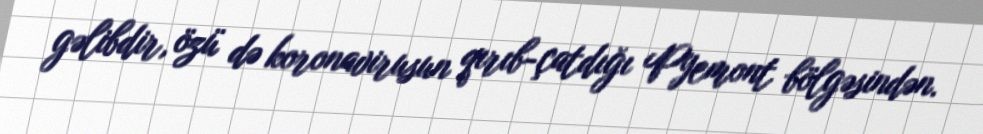
gəlibdir, özü də koronavirusun qırıb-çatdığı Pyemont bölgəsindən.